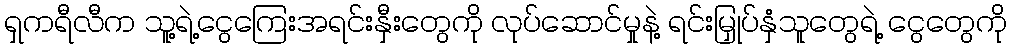
ရှကရီလီက သူ့ရဲ့ငွေကြေးအရင်းနှီးတွေကို လုပ်ဆောင်မှုနဲ့ ရင်းမြှုပ်နှံသူတွေရဲ့ ငွေတွေကို